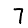
Digit: 7